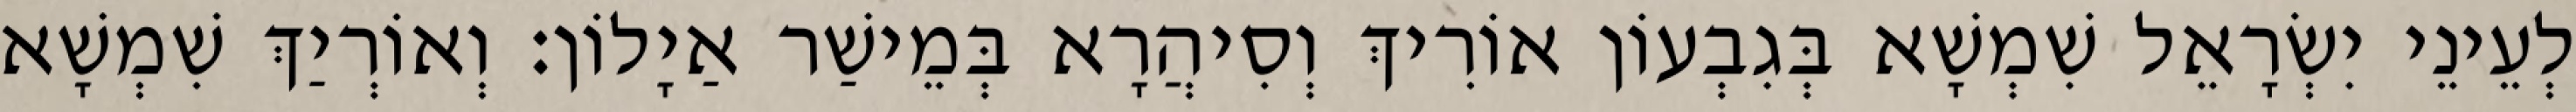
לְעֵינֵי יִשְׂרָאֵל שִׁמְשָׁא בְּגִבְעוֹן אוֹרִיךְ וְסִיהֲרָא בְּמֵישַׁר אַיָלוֹן׃ וְאוֹרְיַךְ שִׁמְשָׁא